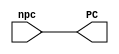
`timescale 1ns / 1ps

module Pc_counter(
		output reg [31:0] PC,             
		input wire [31:0] npc             
		);
   initial begin
      PC <= 0;
   end
   
	always @ ( npc)
		begin
      #1 PC <= npc;
   end
endmodule